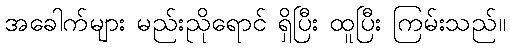
အခေါက်များ မည်းညိုရောင် ရှိပြီး ထူပြီး ကြမ်းသည်။